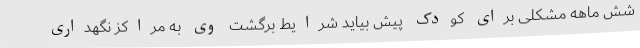
شش ماهه مشکلی برای کودک پیش بیاید شرایط برگشت وی به مراکز نگهداری